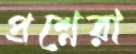
প্রশ্নেরা